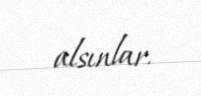
alsınlar.